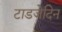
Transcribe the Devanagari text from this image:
टाडजेदिन